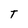
Character: T